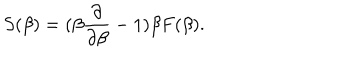
LaTeX: S ( \beta ) = ( \beta { \frac { \partial } { \partial \beta } } - 1 ) \beta F ( \beta ) .